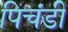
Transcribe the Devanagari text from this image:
पिचंडी